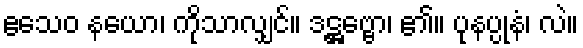
ဧသေဝ နယော၊ ကိုသာလျှင်။ ဒဋ္ဌဗ္ဗော၊ ၏။ ပုနပ္ပုနံ၊ လဲ။